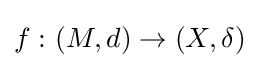
f\,\colon (M,d)\to (X,\delta )